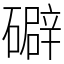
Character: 礔